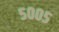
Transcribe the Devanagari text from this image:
५००५